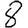
Digit: 8